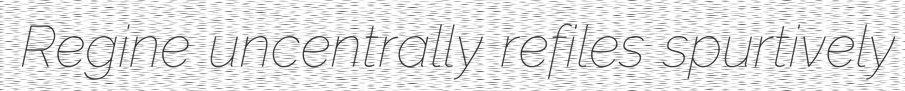
Regine uncentrally refiles spurtively